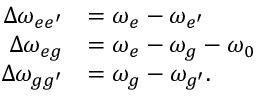
\begin{array} { r l } { \Delta \omega _ { { e e ^ { \prime } } } } & { = \omega _ { { e } } - \omega _ { { e ^ { \prime } } } } \\ { \Delta \omega _ { { e g } } } & { = \omega _ { { e } } - \omega _ { { g } } - \omega _ { 0 } } \\ { \Delta \omega _ { { g g ^ { \prime } } } } & { = \omega _ { { g } } - \omega _ { { g ^ { \prime } } } . } \end{array}